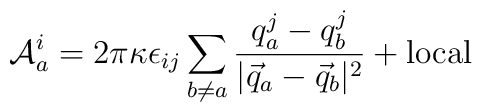
{\cal A}_a^i=2\pi\kappa \epsilon_{ij}\sum_{b\neq a} {q_a^j-q_b^j\over|\vec{q}_a-\vec{q}_b|^2} +{\rm local}